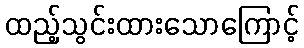
ထည့်သွင်းထားသောကြောင့်